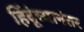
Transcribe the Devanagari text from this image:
हिंदूंच्यानंतर